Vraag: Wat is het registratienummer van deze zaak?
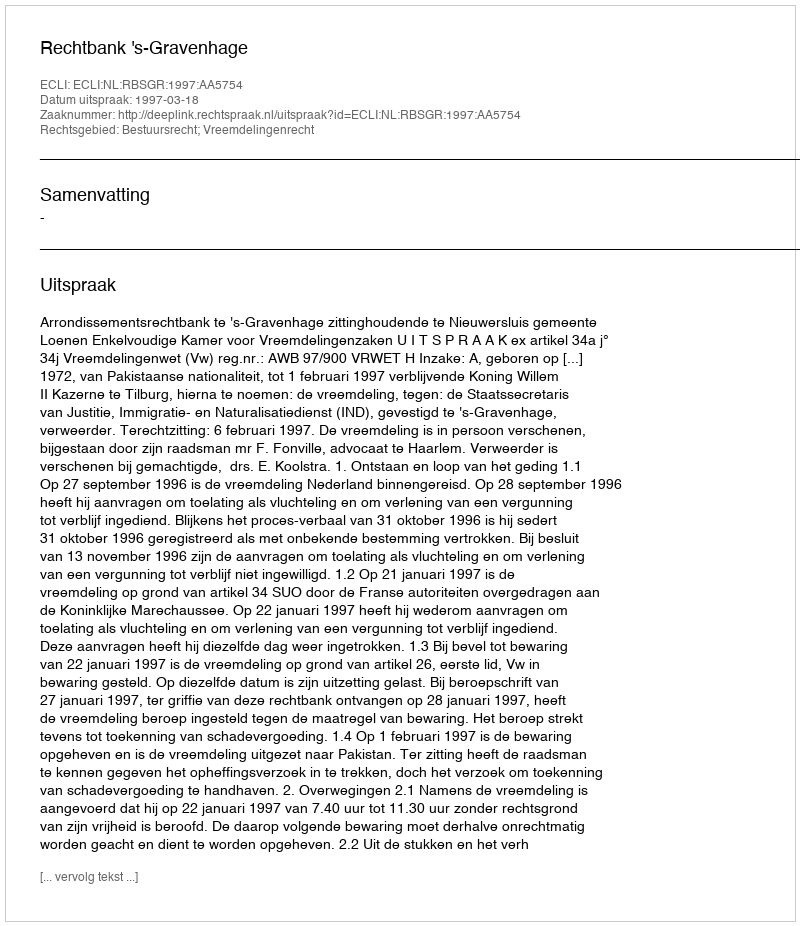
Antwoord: http://deeplink.rechtspraak.nl/uitspraak?id=ECLI:NL:RBSGR:1997:AA5754